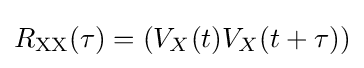
R_{\text{XX}}(\tau )=\left(V_{X}(t)V_{X}(t+\tau )\right)